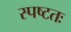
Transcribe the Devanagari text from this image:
स्पष्‍टतः